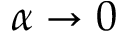
\alpha \rightarrow 0